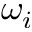
\omega _ { i }